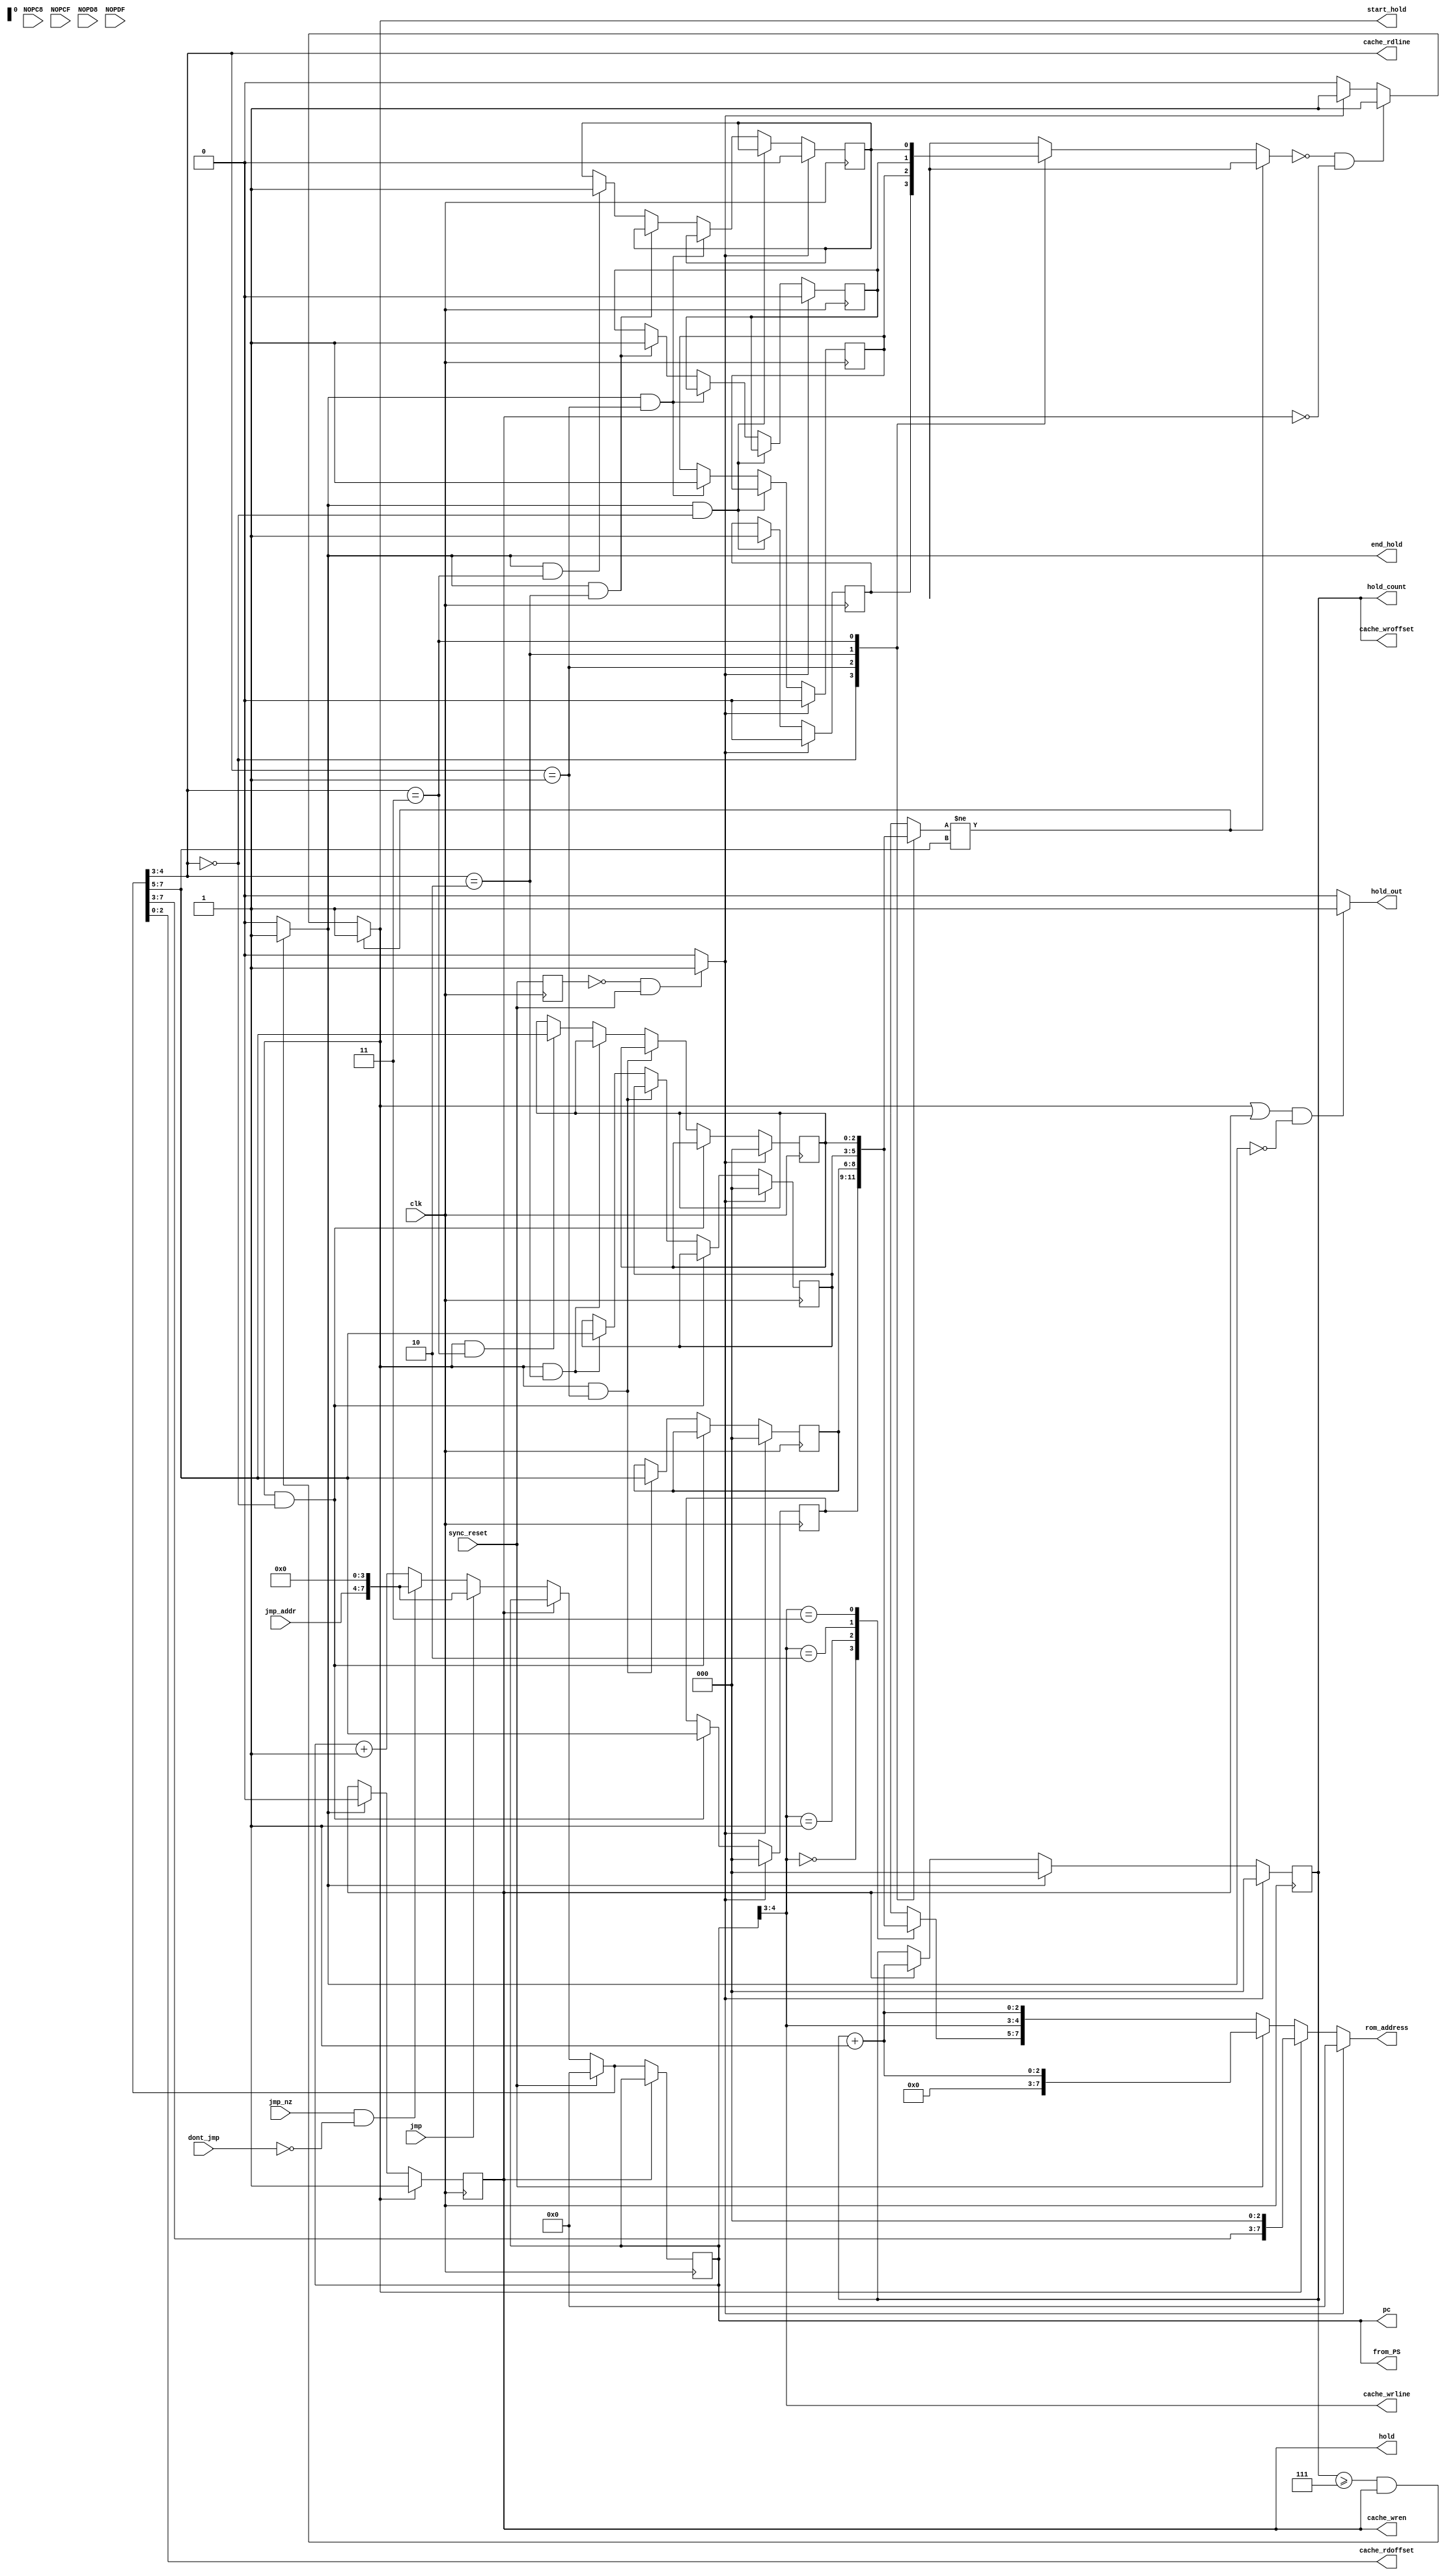
module program_sequencer(
	input clk, sync_reset, jmp, jmp_nz, dont_jmp,
	input NOPC8, NOPCF, NOPD8, NOPDF,		// inputs; will probably need in exam
	input [3:0] jmp_addr,
//	output reg [7:0] pm_addr,									// CME 433 Lab 4 (just an internal signal now, not output)
	output reg [7:0] rom_address,								// CME 433 Lab 4 (replaces pm_addr output)
	output reg [7:0] pc,							// made output for final exam (instead of internal)
	output reg [7:0] from_PS,					// made specifically for final exam scrambler
	output reg hold_out, start_hold, end_hold, hold,	// CME 433 Lab 3
	output reg [2:0] hold_count,								// CME 433 Lab 3
	output reg [2:0] cache_wroffset, cache_rdoffset,	// CME 433 Lab 5
	output reg cache_wren,										// CME 433 Lab 4
	output reg [1:0] cache_wrline, cache_rdline			// CME 433 Lab 5
	);



//// BEGIN CHANGES FROM CME 433 LAB 3 ////
//reg start_hold, end_hold, hold;			made output
//reg [7:0] hold_count; 						made output

always @ *
//if ( pc[7:5] != pm_addr[7:5] )		// CME 433 Lab 5
//	start_hold = 1'b1;					// CME 433 Lab 5
if ( tagID[pm_addr[4:3]] != pm_addr[7:5] )	// CME 433 Lab 5
	start_hold = 1'b1;									// CME 433 Lab 5
else if ( ( valid[pm_addr[4:3]] == 1'b0 ) && ( hold == 1'b0 ) )	// CME 433 Lab 5 (== 2'b0, NOT == 1'b0 ?? )	
	start_hold = 1'b1;															// CME 433 Lab 5
else if ( reset_1shot == 1'b1 )		// CME 433 Lab 4
	start_hold = 1'b1;					// CME 433 Lab 4
else
	start_hold = 1'b0;

always @ ( posedge clk )
//if ( sync_reset == 1'b1 )			// CME 433 Lab 4 
if ( reset_1shot == 1'b1 ) 			// CME 433 Lab 4
	hold_count = 3'd0;
else if ( end_hold == 1'b1 )
	hold_count = 1'b0;
else if ( hold == 1'b1 )
	hold_count = hold_count + 3'd1;
else
	hold_count = hold_count;

always @ *
if ( ( hold_count >= 3'd7 ) && ( hold == 1'b1 ) )	// CME 433 Lab 5 (7 from 31)
	end_hold = 1'b1;
else
	end_hold = 1'b0;

always @ ( posedge clk )
//if ( sync_reset == 1'b1 )			// CME 433 Lab 4
//	hold = 1'b0;							// CME 433 Lab 4
//else if ( start_hold == 1'b1 )		// CME 433 Lab 4
if ( start_hold == 1'b1 )				// CME 433 Lab 4
	hold = 1'b1;
else if ( end_hold == 1'b1 )
	hold = 1'b0;
else
	hold = hold;

always @ *
if ( ( ( start_hold == 1'b1 ) || ( hold == 1'b1 ) ) && ( end_hold != 1'b1 ) )
	hold_out = 1'b1;
else
	hold_out = 1'b0;

////  END CHANGES FROM CME 433 LAB 3  ////


//// BEGIN CHANGES FROM CME 433 LAB 4 ////
reg [7:0] pm_addr;						// (used to be an output)
reg sync_reset_1, reset_1shot;

always @ ( posedge clk )
sync_reset_1 = sync_reset;

always @ *
if ( ( sync_reset_1 == 1'b0 ) && ( sync_reset == 1'b1 ) )
	reset_1shot = 1'b1;
else
	reset_1shot = 1'b0;


always @ *
cache_wroffset = hold_count;

// CME 433 Lab 5
//always @ *
//cache_rdoffset = pm_addr[4:0];

always @ *
cache_wren = hold;

always @ *
if ( reset_1shot == 1'b1 )
	rom_address = 8'd0;
else if ( start_hold == 1'b1 )
	rom_address = {pm_addr[7:3],3'd0};
else if ( sync_reset == 1'b1 )
	rom_address = {5'd0,hold_count+3'd1};
else
	rom_address = {tagID[pc[4:3]],pc[4:3],hold_count+3'd1};

////  END CHANGES FROM CME 433 LAB 4  ////


//// BEGIN CHANGES FROM CME 433 LAB 5 ////

reg [2:0] tagID [0:3];
reg 		 valid [0:3];

always @ ( posedge clk )
if ( reset_1shot == 1'b1 ) begin
	tagID[0] = 3'd0;
	tagID[1] = 3'd0;
	tagID[2] = 3'd0;
	tagID[3] = 3'd0;
	end
else if ( ( start_hold == 1'b1 ) && ( pm_addr[4:3] == 2'd0 ) )
	tagID[0] = pm_addr[7:5];
else if ( ( start_hold == 1'b1 ) && ( pm_addr[4:3] == 2'd1 ) )
	tagID[1] = pm_addr[7:5];
else if ( ( start_hold == 1'b1 ) && ( pm_addr[4:3] == 2'd2 ) )
	tagID[2] = pm_addr[7:5];
else if ( ( start_hold == 1'b1 ) && ( pm_addr[4:3] == 2'd3 ) )
	tagID[3] = pm_addr[7:5];
else begin
	tagID[0] = tagID[0];
	tagID[1] = tagID[1];
	tagID[2] = tagID[2];
	tagID[3] = tagID[3];
	end


always @ ( posedge clk )
if ( reset_1shot == 1'b1 ) begin
	valid[0] = 1'b0;
	valid[1] = 1'b0;
	valid[2] = 1'b0;
	valid[3] = 1'b0;
	end
else if ( ( end_hold == 1'b1 ) && ( pm_addr[4:3] == 2'd0 ) )
	valid[0] = 1'b1;
else if ( ( end_hold == 1'b1 ) && ( pm_addr[4:3] == 2'd1 ) )
	valid[1] = 1'b1;
else if ( ( end_hold == 1'b1 ) && ( pm_addr[4:3] == 2'd2 ) )
	valid[2] = 1'b1;
else if ( ( end_hold == 1'b1 ) && ( pm_addr[4:3] == 2'd3 ) )
	valid[3] = 1'b1;
else begin
	valid[0] = valid[0];
	valid[1] = valid[1];
	valid[2] = valid[2];
	valid[3] = valid[3];
	end


always @ *
cache_wrline = pc[4:3];

always @ *
cache_rdline = pm_addr[4:3];

always @ *
cache_rdoffset = pm_addr[2:0];


////  END CHANGES FROM CME 433 LAB 5  ////


always @ *
//from_PS = 8'h0;  // in exam
from_PS = pc;		// testing prior to exam

always @ (posedge clk)
if ( hold == 1'b1 )				// CME 433 Lab 3
	pc = pc;							// CME 433 Lab 3
else
	pc = pm_addr;

always @ *
if (sync_reset == 1'b1) 
	pm_addr = 8'd0;
else if ( hold == 1'b1 )
	pm_addr = pc; 
else if (jmp == 1'b1) 
	pm_addr = {jmp_addr, 4'd0};
else if ((jmp_nz == 1'b1) && (dont_jmp == 1'b0)) 
	pm_addr = {jmp_addr, 4'd0};
else 
	pm_addr = pc + 8'd1;

endmodule